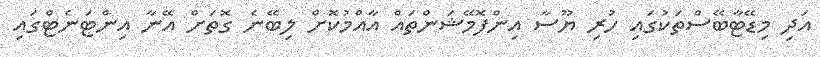
އަދި މިޑޭޓާބޭސްތަކުގައި ހުރި ޔޫސާ އިންފޮމޭޝަންތައް އާއްމުކޮށް ލިބޭނެ ގޮތަށް އޭނާ އިންޓަނެޓްގައި